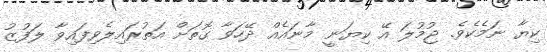
ކިޔާ ނަމެކެވެ. ޖުމުލަ އޭ ކިޔަނީ މާނައެއް ދޭހަވާ ގޮތަށް އަތުރައިލެވިފައިވާ ލަފުޒު